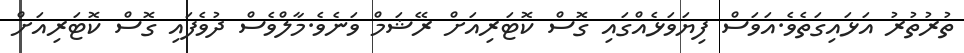
ތުރުތުރު އަޅައިގަތެވެ.އަވަސް ފިޔަވަޅެއްގައި ގޮސް ކޮޓަރިއަށް ރޭޝަމް ވަނެވެ.މާލްވެސް ދުވެފައި ގޮސް ކޮޓަރިއަށް